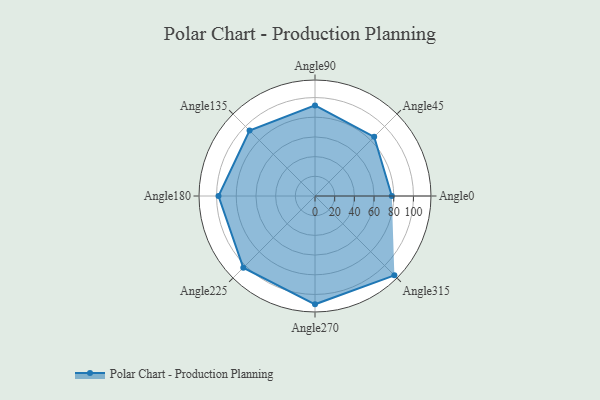
{"axis": {"x": "Angle", "y": "Radius"}, "legend": [""], "data": [{"x": "Angle0", "y": 78.0, "type": ""}, {"x": "Angle45", "y": 85.0, "type": ""}, {"x": "Angle90", "y": 92.0, "type": ""}, {"x": "Angle135", "y": 94.0, "type": ""}, {"x": "Angle180", "y": 98.0, "type": ""}, {"x": "Angle225", "y": 103.0, "type": ""}, {"x": "Angle270", "y": 110.0, "type": ""}, {"x": "Angle315", "y": 114.0, "type": ""}]}